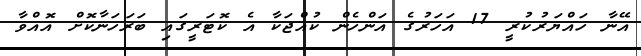
އޭނާ ހައްޔަރުކުރީ 17 އަހަރުގެ އަންހެން ކުއްޖަކާ އެ ކޮޓަރީގައި ބަރަހަނާކޮށް އޮއްވާ